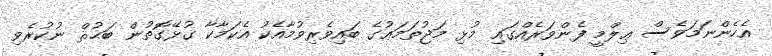
އެހެންނަމަވެސް ޢިލްމީ ފެންވަރެއްގައި މުޅި މަޖުތަމަޢުގެ ބައިވެރިވުމާއެކު އެކަމާކާ ގުޅޭގޮތުން ބަޙުޘް ނުކުރެވި